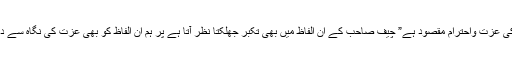
صرف ان کی عزت واحترام مقصود ہے” چیف صاحب کے ان الفاظ میں بھی تکبر جھلکتا نظر آتا ہے پر ہم ان الفاظ کو بھی عزت کی نگاہ سے دیکھتے ہیں۔